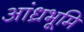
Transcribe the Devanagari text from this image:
आंध्रभूमि